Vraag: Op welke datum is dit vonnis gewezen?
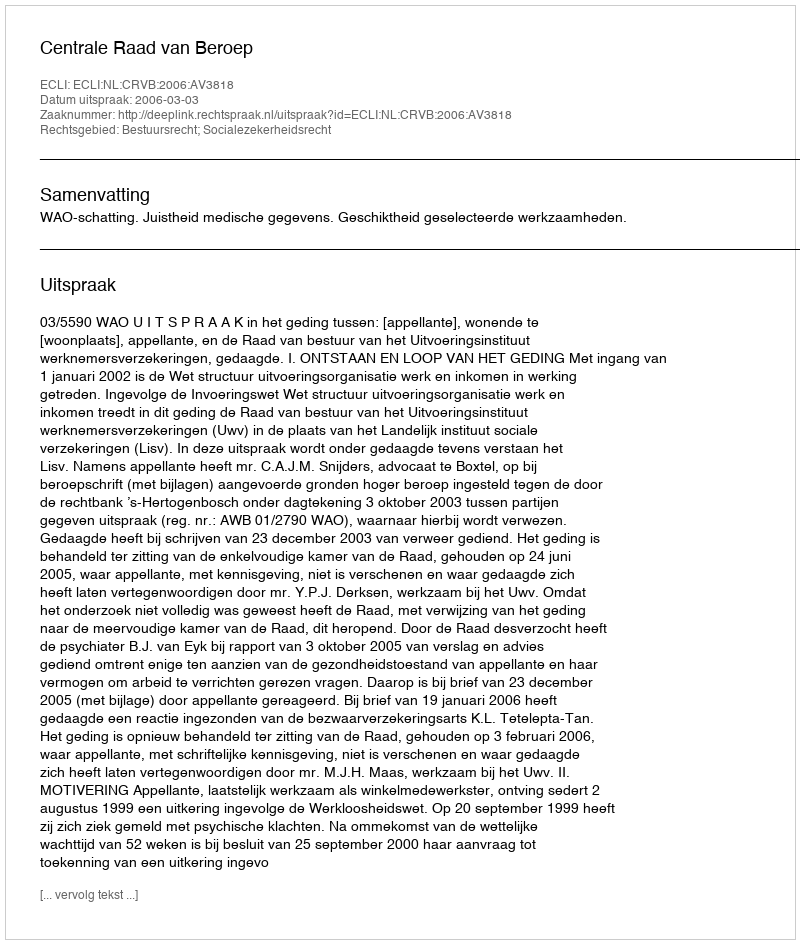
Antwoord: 2006-03-03